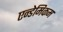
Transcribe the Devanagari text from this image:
एन्डेमिकम